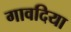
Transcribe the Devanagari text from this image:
गावदिया